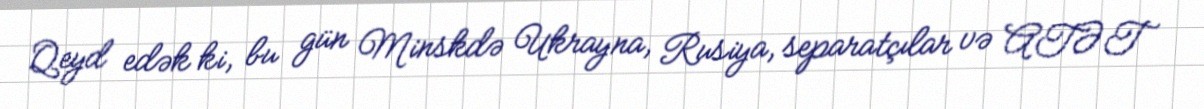
Qeyd edək ki, bu gün Minskdə Ukrayna, Rusiya, separatçılar və ATƏT